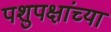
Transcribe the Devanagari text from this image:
पशुपक्षांच्या